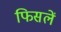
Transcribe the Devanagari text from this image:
फिसलें